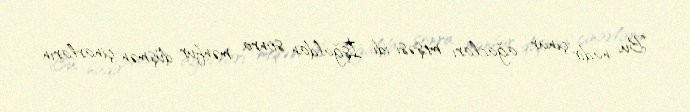
Bu, nadir çinar ağacları meşəsi idi. İşğaldan sonra mənfur düşmən çinarların